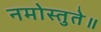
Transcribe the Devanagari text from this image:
नमोस्तुते॥